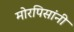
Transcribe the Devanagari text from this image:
मोरपिसांनी